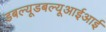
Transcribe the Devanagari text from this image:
डबल्यूडबल्यूआईआई